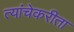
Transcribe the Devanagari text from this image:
त्यांचेकरीता